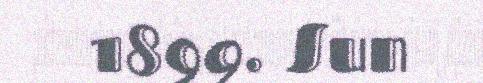
1899. Sun